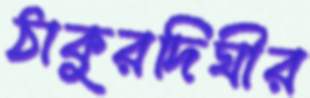
ঠাকুরদিঘীর